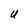
Character: U